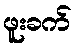
ဖူးခက်